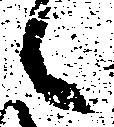
候